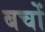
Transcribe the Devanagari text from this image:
बचों